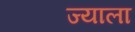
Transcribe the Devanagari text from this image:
ज्‍याला